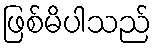
ဖြစ်မိပါသည်